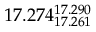
1 7 . 2 7 4 _ { 1 7 . 2 6 1 } ^ { 1 7 . 2 9 0 }